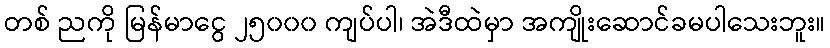
တစ် ညကို မြန်မာငွေ ၂၅၀၀၀ ကျပ်ပါ၊ အဲဒီထဲမှာ အကျိုးဆောင်ခမပါသေးဘူး။